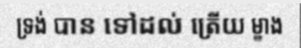
ទ្រង់ បាន ទៅដល់ ត្រើយ ម្ខាង